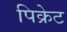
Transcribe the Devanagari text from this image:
पिक्रेट